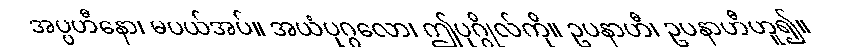
အပ္ပဟီနော၊ မပယ်အပ်။ အယံပုဂ္ဂလော၊ ဤပုဂ္ဂိုလ်ကို။ ဥပနာဟီ၊ ဥပနာဟီဟူ၍။